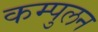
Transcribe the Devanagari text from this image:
कम्पुलन